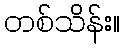
တစ်သိန်း။